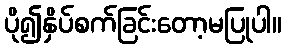
ပို၍နှိပ်စက်ခြင်းတော့မပြုပါ။